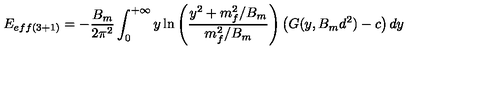
E _ { e f f ( 3 + 1 ) } = - \frac { B _ { m } } { 2 \pi ^ { 2 } } \int _ { 0 } ^ { + \infty } y \ln \left( \frac { y ^ { 2 } + m _ { f } ^ { 2 } / B _ { m } } { m _ { f } ^ { 2 } / B _ { m } } \right) \left( G ( y , B _ { m } d ^ { 2 } ) - c \right) d y